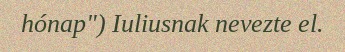
hónap") Iuliusnak nevezte el.